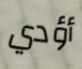
أؤدي